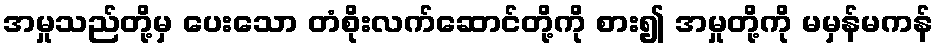
အမှုသည်တို့မှ ပေးသော တံစိုးလက်ဆောင်တို့ကို စား၍ အမှုတို့ကို မမှန်မကန်